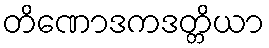
တိဏောဒကဒတ္တိယာ